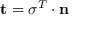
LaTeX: \mathbf { t } = { \boldsymbol { \sigma } } ^ { T } \cdot \mathbf { n }